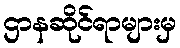
ဌာနဆိုင်ရာများမှ